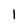
Character: I